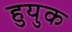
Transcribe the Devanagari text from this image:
हुयुक